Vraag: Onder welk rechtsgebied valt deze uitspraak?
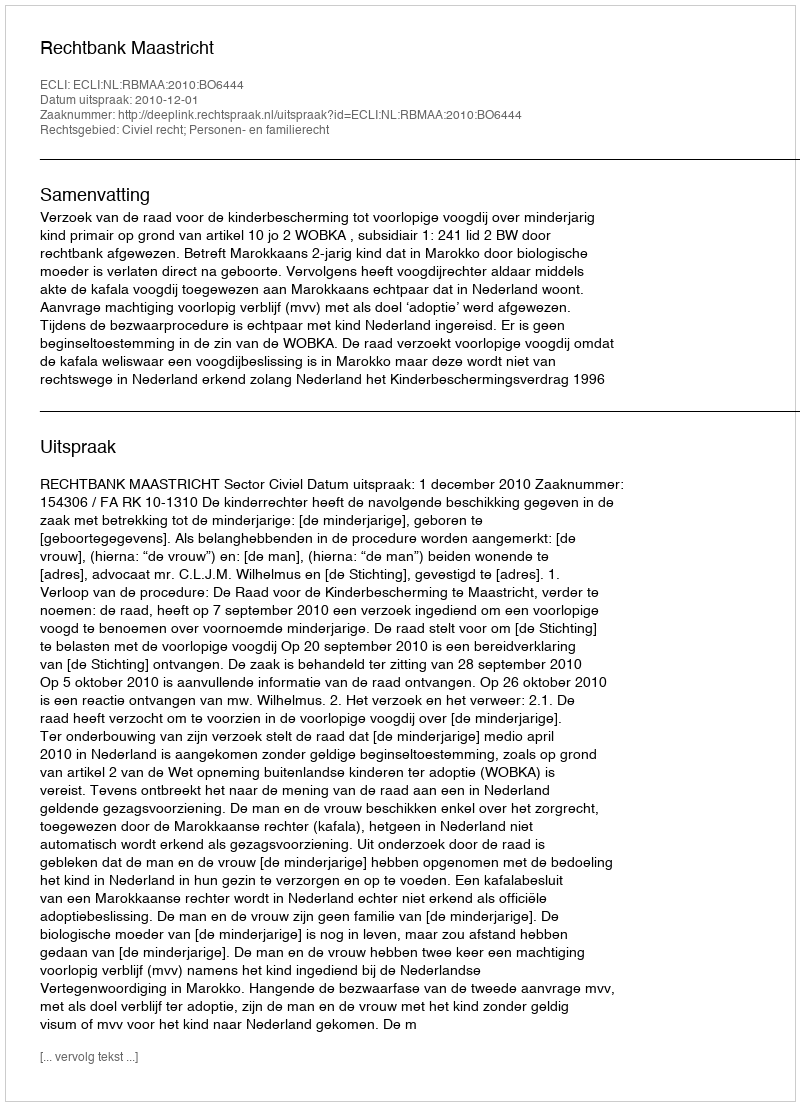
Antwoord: Civiel recht; Personen- en familierecht